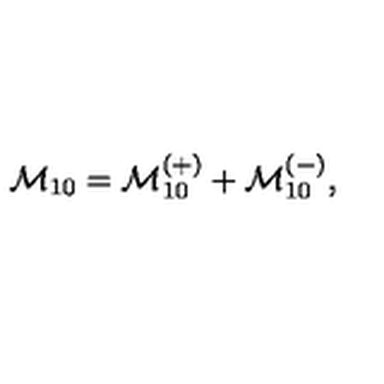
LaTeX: { \cal M } _ { 1 0 } = { \cal M } _ { 1 0 } ^ { ( + ) } + { \cal M } _ { 1 0 } ^ { ( - ) } ,